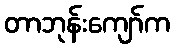
တာဘုန်းကျော်က